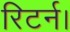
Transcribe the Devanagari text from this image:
रिटर्न।